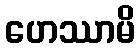
ဟေဿာမိ